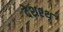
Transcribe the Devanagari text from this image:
देशश्थ